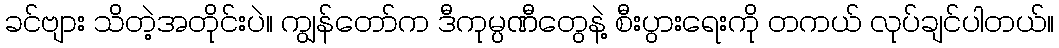
ခင်ဗျား သိတဲ့အတိုင်းပဲ။ ကျွန်တော်က ဒီကုမ္ပဏီတွေနဲ့ စီးပွားရေးကို တကယ် လုပ်ချင်ပါတယ်။